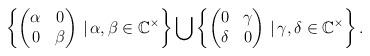
LaTeX: \begin{gather*}\left\{\begin{pmatrix}\alpha&0\\0&\beta\end{pmatrix}\, \vert \, \alpha, \beta \in \mathbb C^{\times} \right\} \bigcup \left\{\begin{pmatrix}0&\gamma\\\delta &0\end{pmatrix}\, \vert \, \gamma, \delta \in \mathbb C^{\times} \right\}.\end{gather*}